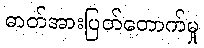
ဓာတ်အားပြတ်တောက်မှု